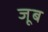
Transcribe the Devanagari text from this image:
जूब